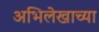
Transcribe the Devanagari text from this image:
अभिलेखाच्या